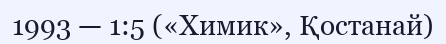
1993 — 1:5 («Химик», Қостанай)